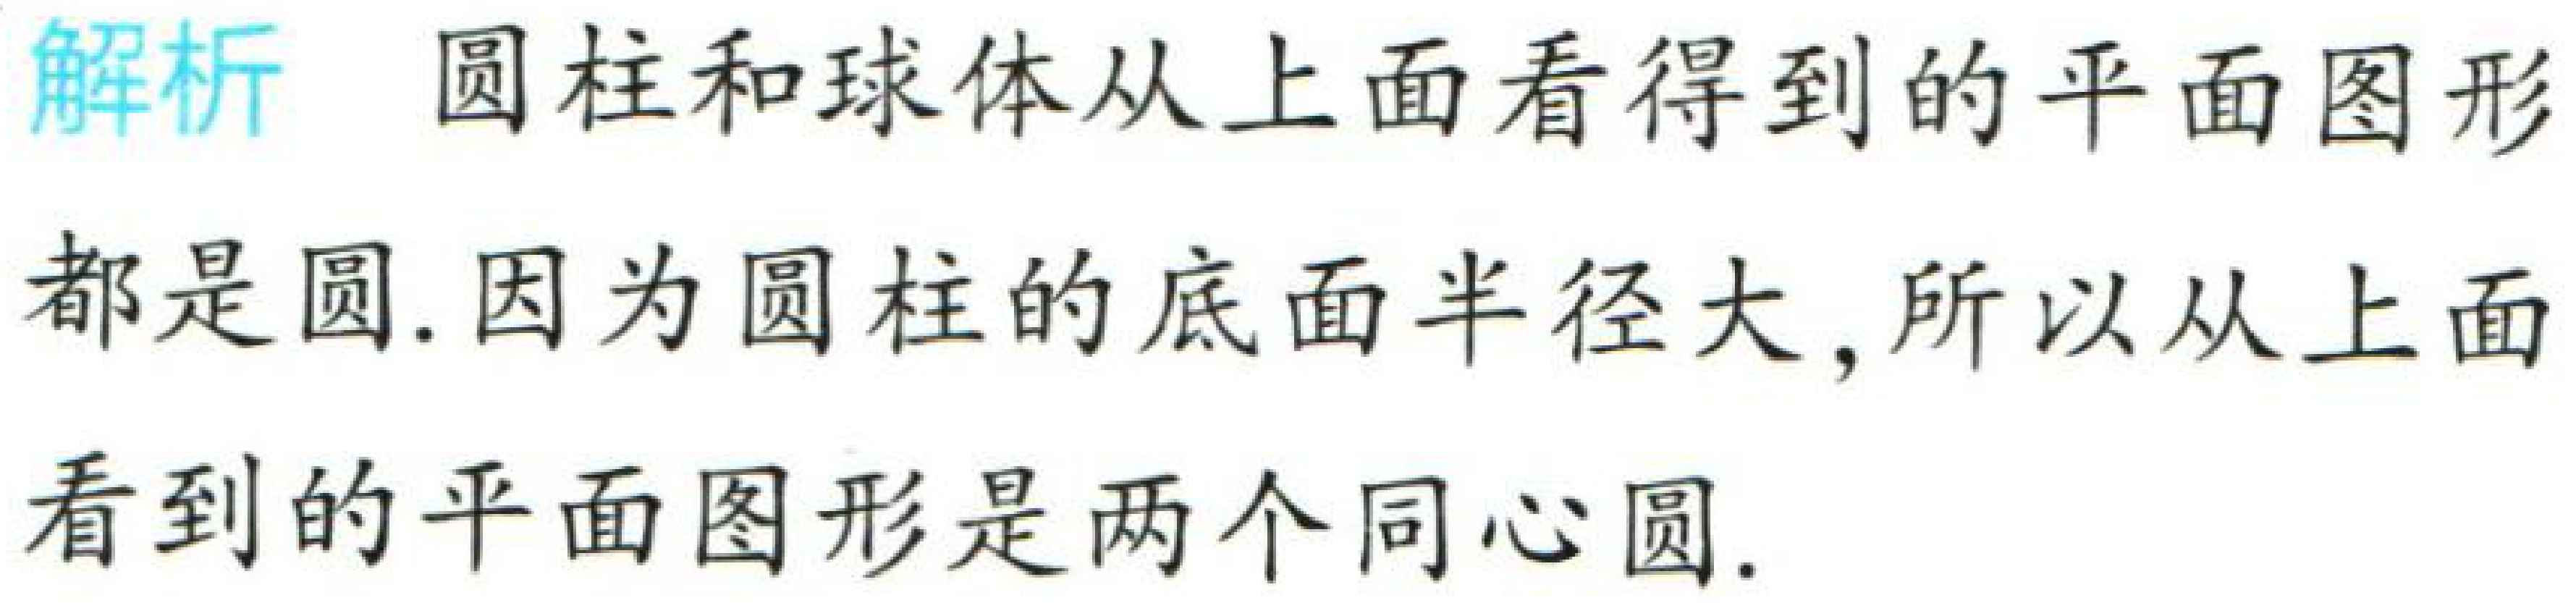
解析 圆柱和球体从上面看得到的平面图形

都是圆.因为圆柱的底面半径大,所以从上面

看到的平面图形是两个同心圆.